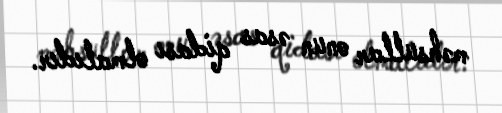
məhsullar onun əsas qidası olmalıdır.